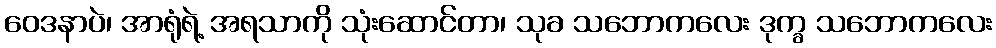
ဝေဒနာပဲ၊ အာရုံရဲ့ အရသာကို သုံးဆောင်တာ၊ သုခ သဘောကလေး ဒုက္ခ သဘောကလေး